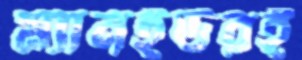
ম্যানইউরই